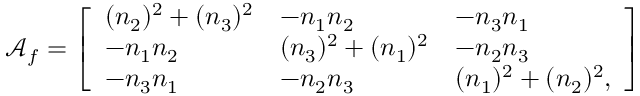
\mathcal { A } _ { f } = \left[ \begin{array} { l l l } { ( n _ { 2 } ) ^ { 2 } + ( n _ { 3 } ) ^ { 2 } } & { - n _ { 1 } n _ { 2 } } & { - n _ { 3 } n _ { 1 } } \\ { - n _ { 1 } n _ { 2 } } & { ( n _ { 3 } ) ^ { 2 } + ( n _ { 1 } ) ^ { 2 } } & { - n _ { 2 } n _ { 3 } } \\ { - n _ { 3 } n _ { 1 } } & { - n _ { 2 } n _ { 3 } } & { ( n _ { 1 } ) ^ { 2 } + ( n _ { 2 } ) ^ { 2 } , } \end{array} \right]